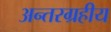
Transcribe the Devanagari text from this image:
अन्तरग्रहीय